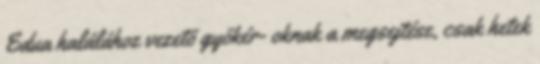
Edua halálához vezetõ gyökér- oknak a megsejtése, csak hetek